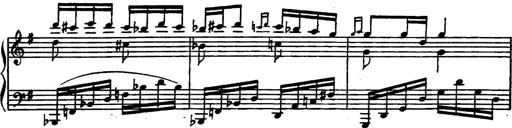
Title: Magyar rapszÃ³diÃ¡k
Composer: Franz Liszt